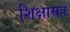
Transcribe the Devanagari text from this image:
शिक्षासत्र